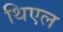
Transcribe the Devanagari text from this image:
थिएल